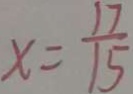
x = \frac { 1 7 } { 1 5 }